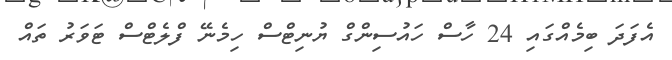
އެފަދަ ބިމެއްގައި 24 ހާސް ހައުސިންގް ޔުނިޓްސް ހިމެނޭ ފްލެޓްސް ޓަވަރު ތައް